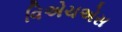
વિએચએસ